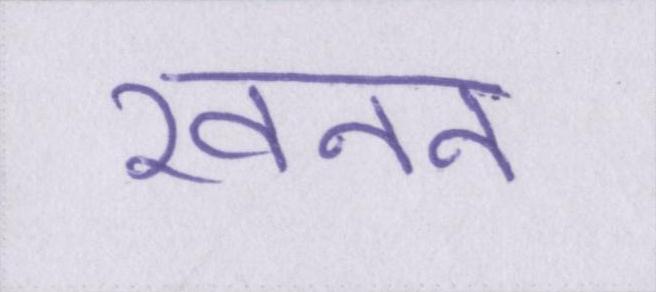
खनन